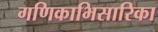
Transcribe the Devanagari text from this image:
गणिकाभिसारिका